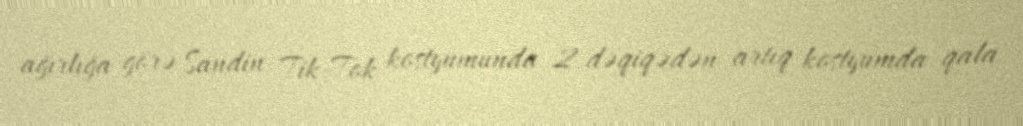
ağırlığa görə Sandin Tik-Tok kostyumunda 2 dəqiqədən artıq kostyumda qala